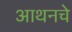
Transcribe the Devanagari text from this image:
आथनचे